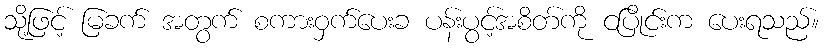
သို့ဖြင့် မြခက် အတွက် စကားဝှက်ပေးခ ပန်းပွင့်အစိတ်ကို ငပြိုင်းက ပေးရသည်။